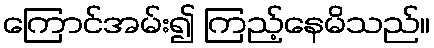
ကြောင်အမ်း၍ ကြည့်နေမိသည်။